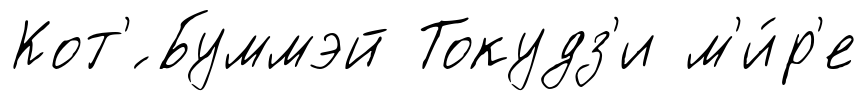
Кот'́ Буммэй Токудз'и м'и́р'е